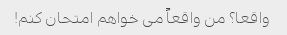
واقعا؟ من واقعاً می خواهم امتحان کنم!